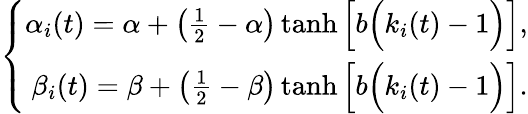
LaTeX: \left\{ \begin{array}{r}{\alpha_{i}(t)=\alpha+\left(\frac{1}{2}-\alpha\right)\operatorname{tanh}\Big[b\Big(k_{i}(t)-1\Big)\Big],}\\ {\beta_{i}(t)=\beta+\left(\frac{1}{2}-\beta\right)\operatorname{tanh}\Big[b\Big(k_{i}(t)-1\Big)\Big].}\end{array}\right.